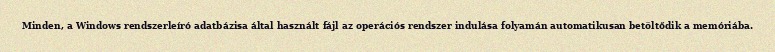
Minden, a Windows rendszerleíró adatbázisa által használt fájl az operációs rendszer indulása folyamán automatikusan betöltődik a memóriába.